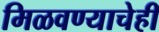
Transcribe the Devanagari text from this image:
मिळवण्याचेही